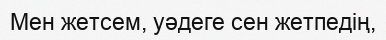
Мен жетсем, уәдеге сен жетпедің,